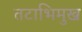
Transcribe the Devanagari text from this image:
तटाभिमुख